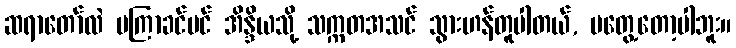
ဆရာတော်လဲ မကြာခင်ပင် အိန္ဒိယသို့ သက္ကတအသင် သွားဟန်တူပါတယ်, မတွေ့တော့ပါဘူး။